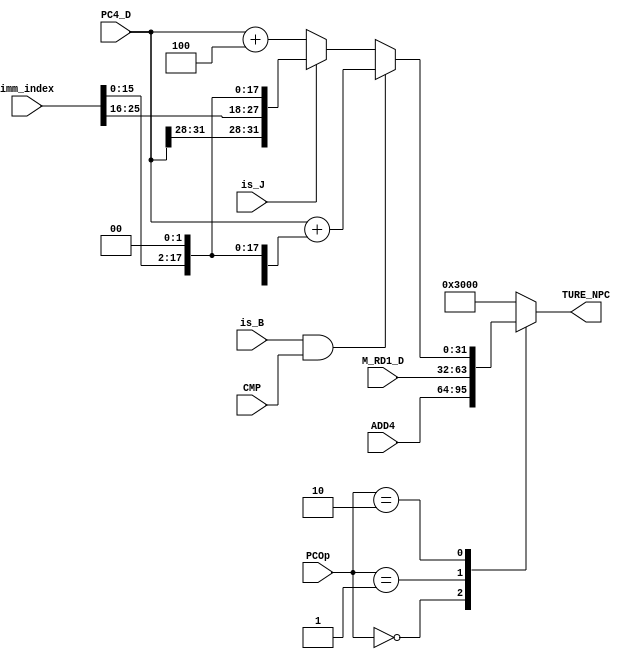
`timescale 1ns / 1ps
//////////////////////////////////////////////////////////////////////////////////
// Company: 
// Engineer: 
// 
// Design Name: 
// Module Name:    NPC 
// Project Name: 
// Target Devices: 
// Tool versions: 
// Description: 
//
// Dependencies: 
//
// Revision: 
// Revision 0.01 - File Created
// Additional Comments: 
//
//////////////////////////////////////////////////////////////////////////////////
module NPC(
    input [31:0] ADD4,
    input [31:0] PC4_D,
    input [25:0] imm_index,
    input [31:0] M_RD1_D,
    input CMP,
    input is_B,
    input is_J,
    input [1:0] PCOp,
    output reg [31:0] TURE_NPC
    );

	reg [31:0] NPC;
	always @ ( * ) begin
		if (is_B&&CMP) begin
			NPC <= PC4_D + { {14{imm_index[15]}},imm_index[15:0],2'b00 };
		end
		else if (is_J) begin
			NPC <= { PC4_D[31:28],imm_index[25:0],2'b00 };
		end
		else begin
			NPC <= PC4_D + 4;
		end
		
		case (PCOp)
			2'b00: TURE_NPC <= ADD4;
			2'b01: TURE_NPC <= M_RD1_D;
			2'b10: TURE_NPC <= NPC;
			default: TURE_NPC <= 32'h00003000;
		endcase
	end

endmodule